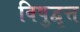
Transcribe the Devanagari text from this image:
विषुद्वृत्त